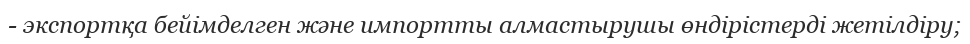
- экспортқа бейімделген және импортты алмастырушы өндірістерді жетілдіру;